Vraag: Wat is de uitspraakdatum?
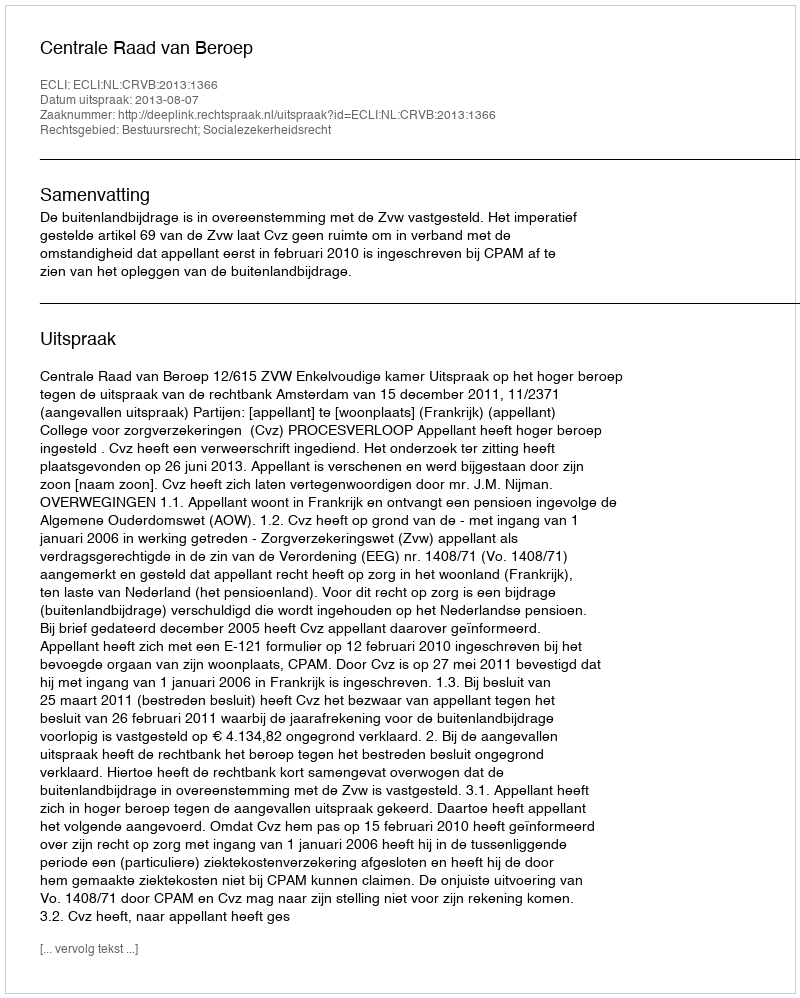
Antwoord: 2013-08-07